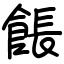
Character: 餦